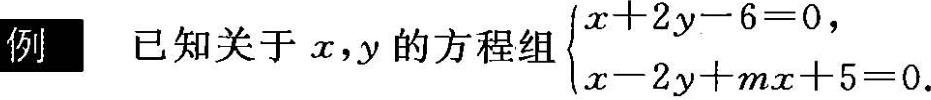
例已知关于x，y的方程组 $$\begin{cases} x + 2 y - 6 = 0, \\ x - 2 y + m x + 5 = 0\end{cases}$$ .